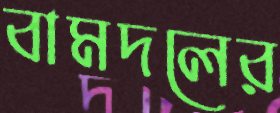
বামদলের